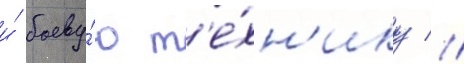
и́ боеву́ю т'е́хн'ику //